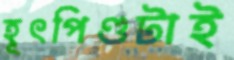
হূৎপিণ্ডটাই